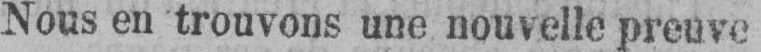
Nous en trouvons une nouvelle preuve